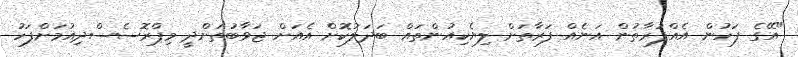
"އޭގެ ފަހުން އެއްފަރާތުން އަނެއް ފަރާތަށް ލިޔެކިއުންތައް ބަދަލުކޮށް އެއަށް ޖަވާބުތަށްދީ މިޕްރޮސެސްދިއުމަށްފަހު